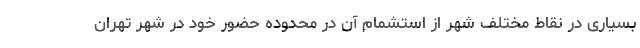
بسیاری در نقاط مختلف شهر از استشمام آن در محدوده حضور خود در شهر تهران